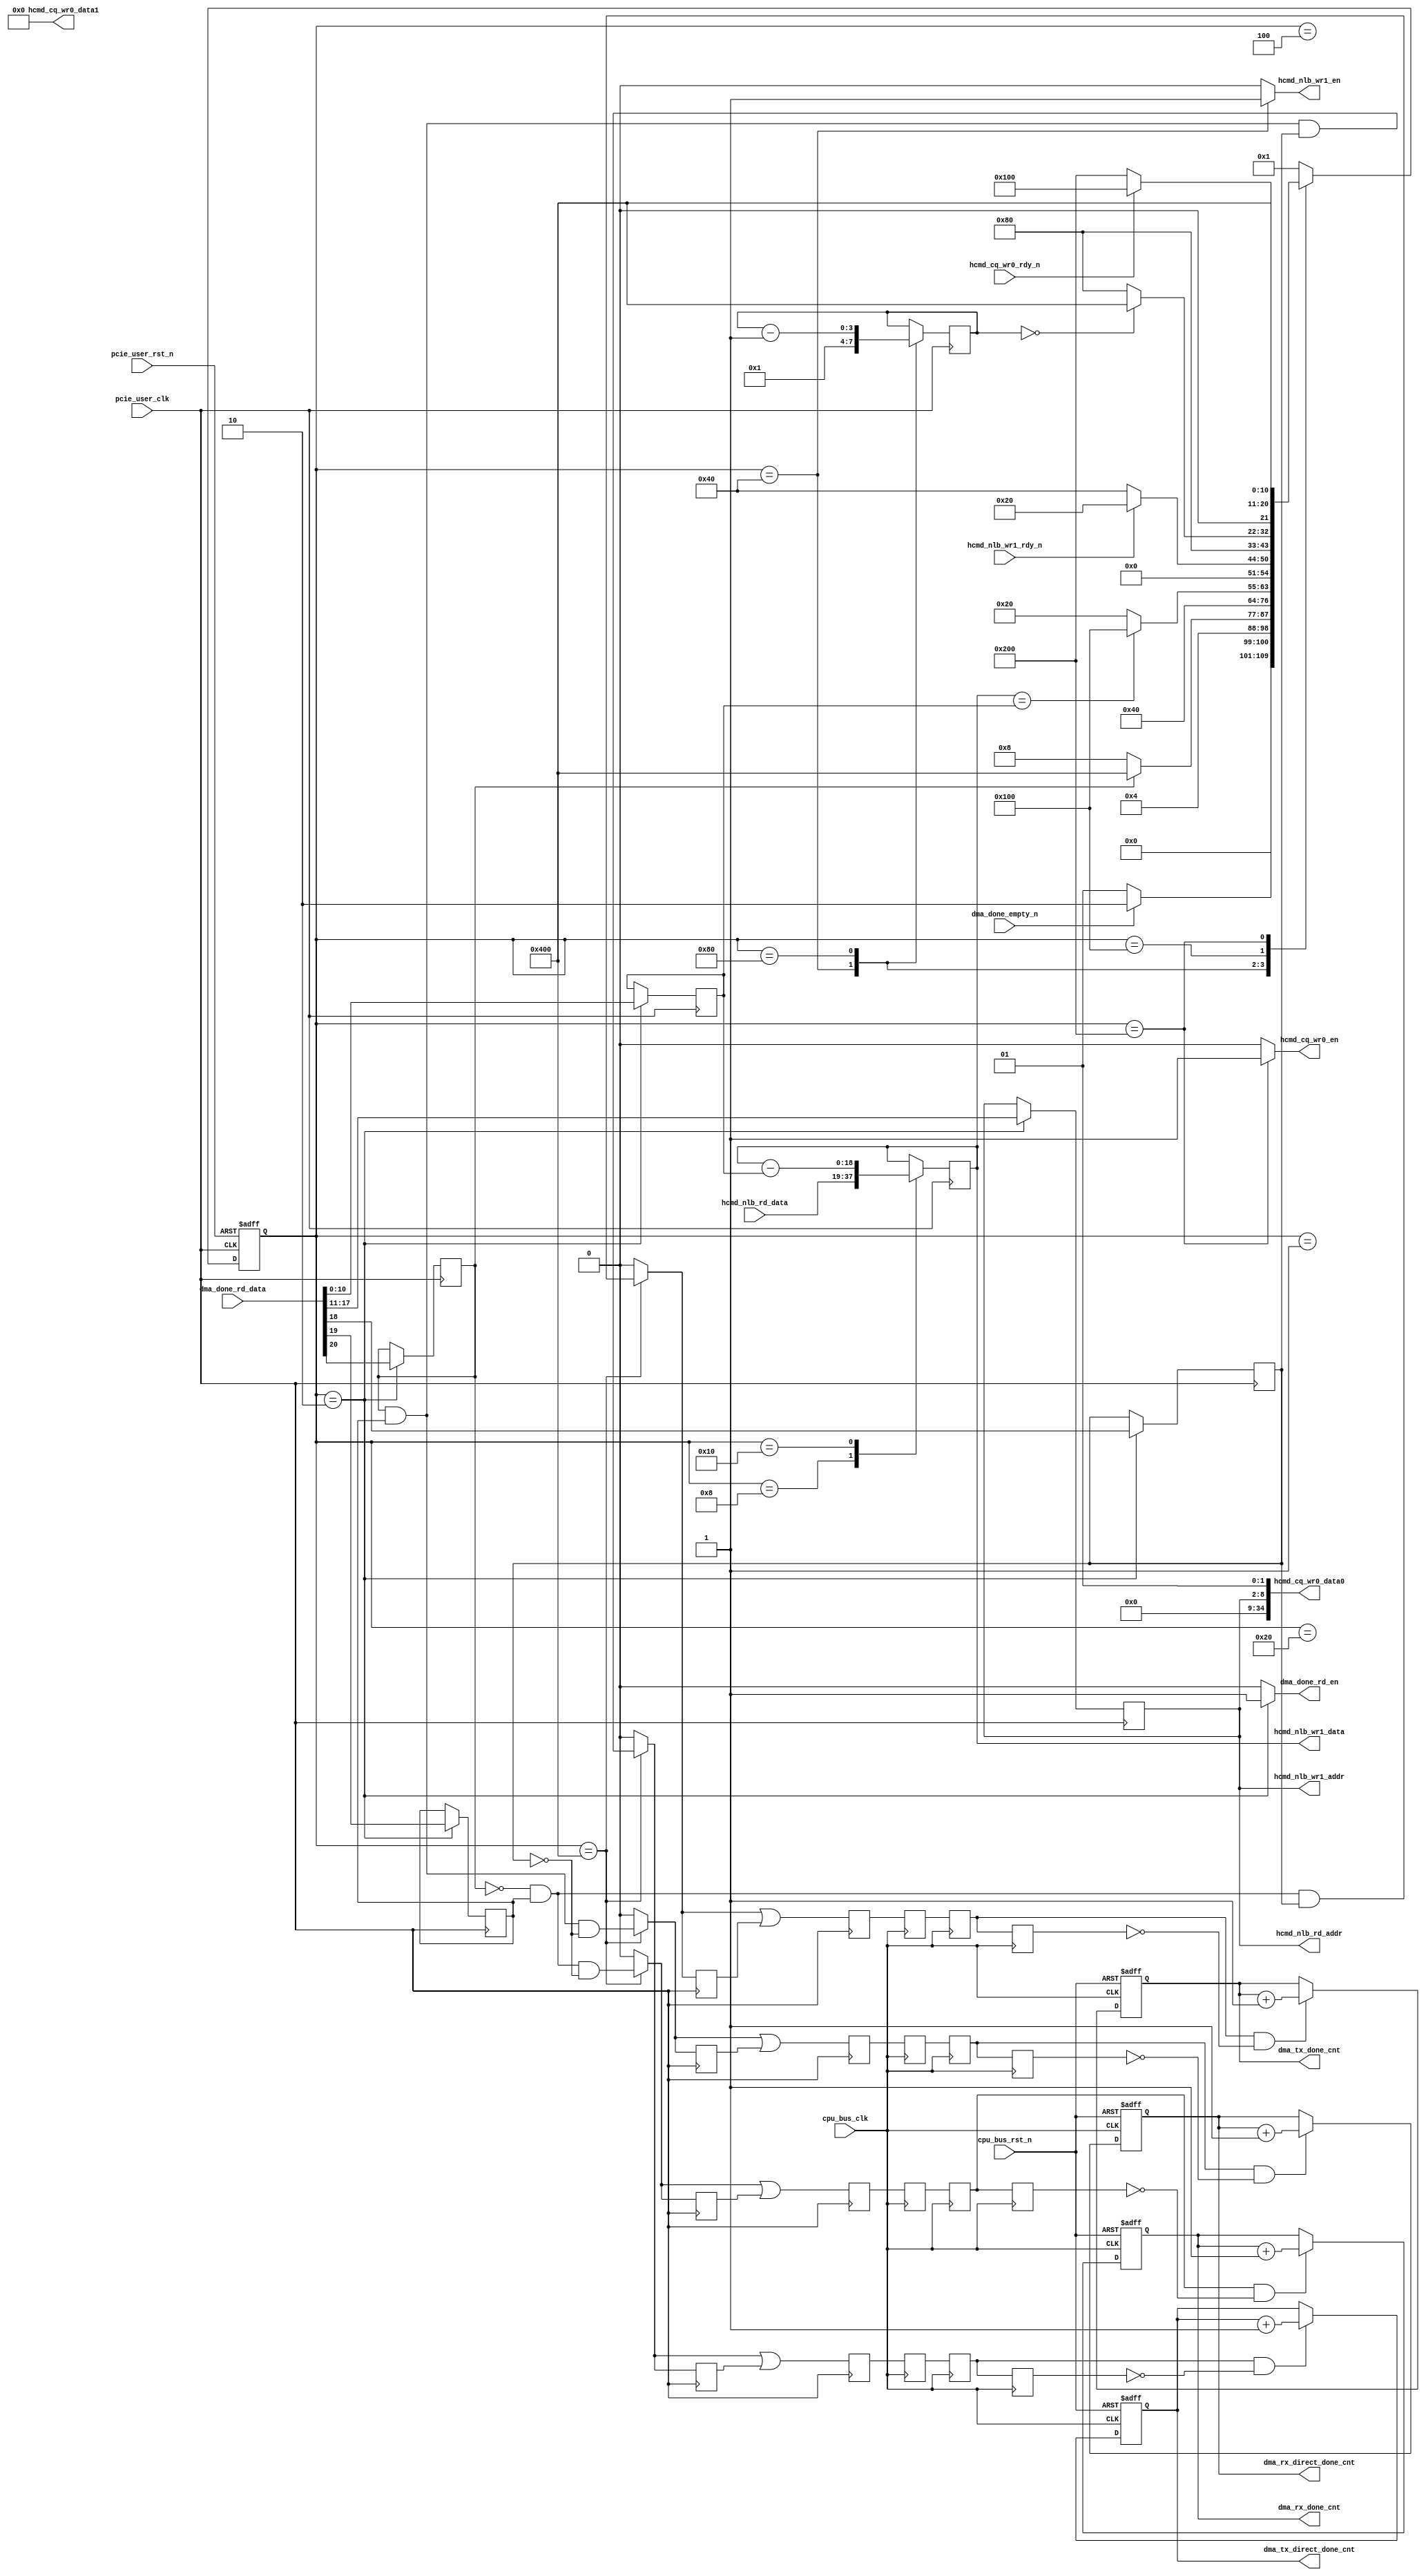

/*
----------------------------------------------------------------------------------
Copyright (c) 2013-2014

  Embedded and Network Computing Lab.
  Open SSD Project
  Hanyang University

All rights reserved.

----------------------------------------------------------------------------------

Redistribution and use in source and binary forms, with or without
modification, are permitted provided that the following conditions are
met:

  1. Redistributions of source code must retain the above copyright
     notice, this list of conditions and the following disclaimer.

  2. Redistributions in binary form must reproduce the above copyright
     notice, this list of conditions and the following disclaimer in the
     documentation and/or other materials provided with the distribution.

  3. All advertising materials mentioning features or use of this source code
     must display the following acknowledgement:
     This product includes source code developed 
     by the Embedded and Network Computing Lab. and the Open SSD Project.

THIS SOFTWARE IS PROVIDED BY THE COPYRIGHT HOLDERS AND CONTRIBUTORS "AS IS" AND
ANY EXPRESS OR IMPLIED WARRANTIES, INCLUDING, BUT NOT LIMITED TO, THE IMPLIED
WARRANTIES OF MERCHANTABILITY AND FITNESS FOR A PARTICULAR PURPOSE ARE
DISCLAIMED. IN NO EVENT SHALL THE COPYRIGHT OWNER OR CONTRIBUTORS BE LIABLE FOR
ANY DIRECT, INDIRECT, INCIDENTAL, SPECIAL, EXEMPLARY, OR CONSEQUENTIAL DAMAGES
(INCLUDING, BUT NOT LIMITED TO, PROCUREMENT OF SUBSTITUTE GOODS OR SERVICES;
LOSS OF USE, DATA, OR PROFITS; OR BUSINESS INTERRUPTION) HOWEVER CAUSED AND
ON ANY THEORY OF LIABILITY, WHETHER IN CONTRACT, STRICT LIABILITY, OR TORT
(INCLUDING NEGLIGENCE OR OTHERWISE) ARISING IN ANY WAY OUT OF THE USE OF THIS
SOFTWARE, EVEN IF ADVISED OF THE POSSIBILITY OF SUCH DAMAGE.

----------------------------------------------------------------------------------

http://enclab.hanyang.ac.kr/
http://www.openssd-project.org/
http://www.hanyang.ac.kr/

----------------------------------------------------------------------------------
*/


`timescale 1ns / 1ps

module dma_done # (
	parameter	C_PCIE_DATA_WIDTH			= 128,
	parameter	C_PCIE_ADDR_WIDTH			= 36
)
(
	input									pcie_user_clk,
	input									pcie_user_rst_n,

	output									dma_done_rd_en,
	input	[20:0]							dma_done_rd_data,
	input									dma_done_empty_n,

	output	[6:0]							hcmd_nlb_rd_addr,
	input	[18:0]							hcmd_nlb_rd_data,

	output									hcmd_nlb_wr1_en,
	output	[6:0]							hcmd_nlb_wr1_addr,
	output	[18:0]							hcmd_nlb_wr1_data,
	input									hcmd_nlb_wr1_rdy_n,

	output									hcmd_cq_wr0_en,
	output	[34:0]							hcmd_cq_wr0_data0,
	output	[34:0]							hcmd_cq_wr0_data1,
	input									hcmd_cq_wr0_rdy_n,

	input									cpu_bus_clk,
	input									cpu_bus_rst_n,

	output	[7:0]							dma_rx_direct_done_cnt,
	output	[7:0]							dma_tx_direct_done_cnt,
	output	[7:0]							dma_rx_done_cnt,
	output	[7:0]							dma_tx_done_cnt

);

localparam	LP_NLB_WR_DELAY					= 1;

localparam	S_IDLE							= 11'b00000000001;
localparam	S_DMA_INFO						= 11'b00000000010;
localparam	S_NLB_RD_WAIT					= 11'b00000000100;
localparam	S_NLB_INFO						= 11'b00000001000;
localparam	S_NLB_CALC						= 11'b00000010000;
localparam	S_NLB_WR_WAIT					= 11'b00000100000;
localparam	S_NLB_WR						= 11'b00001000000;
localparam	S_NLB_WR_DELAY					= 11'b00010000000;
localparam	S_CQ_WR_WAIT					= 11'b00100000000;
localparam	S_CQ_WR							= 11'b01000000000;
localparam	S_NLB_DONE						= 11'b10000000000;

reg		[10:0]								cur_state;
reg		[10:0]								next_state;

reg											r_dma_cmd_type;
reg											r_dma_done_check;
reg											r_dma_dir;
reg		[6:0]								r_hcmd_slot_tag;
reg		[12:2]								r_dma_len;
reg		[20:2]								r_hcmd_data_len;

reg											r_dma_done_rd_en;
reg											r_hcmd_nlb_wr1_en;
reg											r_hcmd_cq_wr0_en;

reg											r_dma_rx_direct_done_en;
reg											r_dma_tx_direct_done_en;
reg											r_dma_rx_done_en;
reg											r_dma_tx_done_en;

reg											r_dma_rx_direct_done_en_d1;
reg											r_dma_tx_direct_done_en_d1;
reg											r_dma_rx_done_en_d1;
reg											r_dma_tx_done_en_d1;

reg											r_dma_rx_direct_done_en_sync;
reg											r_dma_tx_direct_done_en_sync;
reg											r_dma_rx_done_en_sync;
reg											r_dma_tx_done_en_sync;

reg		[3:0]								r_nlb_wr_delay;

(* KEEP = "TRUE", SHIFT_EXTRACT = "NO" *)	reg											r_dma_rx_direct_done;
(* KEEP = "TRUE", SHIFT_EXTRACT = "NO" *)	reg											r_dma_tx_direct_done;
(* KEEP = "TRUE", SHIFT_EXTRACT = "NO" *)	reg											r_dma_rx_done;
(* KEEP = "TRUE", SHIFT_EXTRACT = "NO" *)	reg											r_dma_tx_done;

(* KEEP = "TRUE", SHIFT_EXTRACT = "NO" *)	reg											r_dma_rx_direct_done_d1;
(* KEEP = "TRUE", SHIFT_EXTRACT = "NO" *)	reg											r_dma_tx_direct_done_d1;
(* KEEP = "TRUE", SHIFT_EXTRACT = "NO" *)	reg											r_dma_rx_done_d1;
(* KEEP = "TRUE", SHIFT_EXTRACT = "NO" *)	reg											r_dma_tx_done_d1;

(* KEEP = "TRUE", SHIFT_EXTRACT = "NO" *)	reg											r_dma_rx_direct_done_d2;
(* KEEP = "TRUE", SHIFT_EXTRACT = "NO" *)	reg											r_dma_tx_direct_done_d2;
(* KEEP = "TRUE", SHIFT_EXTRACT = "NO" *)	reg											r_dma_rx_done_d2;
(* KEEP = "TRUE", SHIFT_EXTRACT = "NO" *)	reg											r_dma_tx_done_d2;

reg		[7:0]								r_dma_rx_direct_done_cnt;
reg		[7:0]								r_dma_tx_direct_done_cnt;
reg		[7:0]								r_dma_rx_done_cnt;
reg		[7:0]								r_dma_tx_done_cnt;

assign dma_done_rd_en = r_dma_done_rd_en;

assign hcmd_nlb_rd_addr = r_hcmd_slot_tag;

assign hcmd_nlb_wr1_en = r_hcmd_nlb_wr1_en;
assign hcmd_nlb_wr1_addr = r_hcmd_slot_tag;
assign hcmd_nlb_wr1_data = r_hcmd_data_len;

assign hcmd_cq_wr0_en = r_hcmd_cq_wr0_en;
assign hcmd_cq_wr0_data0 = {26'b0, r_hcmd_slot_tag, 1'b0, 1'b1};
assign hcmd_cq_wr0_data1 = 35'b0;

assign dma_rx_direct_done_cnt = r_dma_rx_direct_done_cnt;
assign dma_tx_direct_done_cnt = r_dma_tx_direct_done_cnt;
assign dma_rx_done_cnt = r_dma_rx_done_cnt;
assign dma_tx_done_cnt = r_dma_tx_done_cnt;

always @ (posedge cpu_bus_clk or negedge cpu_bus_rst_n)
begin
	if(cpu_bus_rst_n == 0) begin
		r_dma_rx_direct_done_cnt <= 0;
		r_dma_tx_direct_done_cnt <= 0;
		r_dma_rx_done_cnt <= 0;
		r_dma_tx_done_cnt <= 0;
	end
	else begin
		if(r_dma_rx_direct_done_d1 == 1 && r_dma_rx_direct_done_d2 == 0)
			r_dma_rx_direct_done_cnt <= r_dma_rx_direct_done_cnt + 1;
		
		if(r_dma_tx_direct_done_d1 == 1 && r_dma_tx_direct_done_d2 == 0)
			r_dma_tx_direct_done_cnt <= r_dma_tx_direct_done_cnt + 1;

		if(r_dma_rx_done_d1 == 1 && r_dma_rx_done_d2 == 0)
			r_dma_rx_done_cnt <= r_dma_rx_done_cnt + 1;

		if(r_dma_tx_done_d1 == 1 && r_dma_tx_done_d2 == 0)
			r_dma_tx_done_cnt <= r_dma_tx_done_cnt + 1;
	end
end

always @ (posedge cpu_bus_clk)
begin
	r_dma_rx_direct_done <= r_dma_rx_direct_done_en_sync;
	r_dma_tx_direct_done <= r_dma_tx_direct_done_en_sync;
	r_dma_rx_done <= r_dma_rx_done_en_sync;
	r_dma_tx_done <= r_dma_tx_done_en_sync;

	r_dma_rx_direct_done_d1 <= r_dma_rx_direct_done;
	r_dma_tx_direct_done_d1 <= r_dma_tx_direct_done;
	r_dma_rx_done_d1 <= r_dma_rx_done;
	r_dma_tx_done_d1 <= r_dma_tx_done;

	r_dma_rx_direct_done_d2 <= r_dma_rx_direct_done_d1;
	r_dma_tx_direct_done_d2 <= r_dma_tx_direct_done_d1;
	r_dma_rx_done_d2 <= r_dma_rx_done_d1;
	r_dma_tx_done_d2 <= r_dma_tx_done_d1;
end

always @ (posedge pcie_user_clk)
begin
	r_dma_rx_direct_done_en_d1 <= r_dma_rx_direct_done_en;
	r_dma_tx_direct_done_en_d1 <= r_dma_tx_direct_done_en;
	r_dma_rx_done_en_d1 <= r_dma_rx_done_en;
	r_dma_tx_done_en_d1 <= r_dma_tx_done_en;

	r_dma_rx_direct_done_en_sync <= r_dma_rx_direct_done_en | r_dma_rx_direct_done_en_d1;
	r_dma_tx_direct_done_en_sync <= r_dma_tx_direct_done_en | r_dma_tx_direct_done_en_d1;
	r_dma_rx_done_en_sync <= r_dma_rx_done_en | r_dma_rx_done_en_d1;
	r_dma_tx_done_en_sync <= r_dma_tx_done_en | r_dma_tx_done_en_d1;
end

always @ (posedge pcie_user_clk or negedge pcie_user_rst_n)
begin
	if(pcie_user_rst_n == 0)
		cur_state <= S_IDLE;
	else
		cur_state <= next_state;
end

always @ (*)
begin
	case(cur_state)
		S_IDLE: begin
			if(dma_done_empty_n == 1'b1)
				next_state <= S_DMA_INFO;
			else
				next_state <= S_IDLE;
		end
		S_DMA_INFO: begin
			next_state <= S_NLB_RD_WAIT;
		end
		S_NLB_RD_WAIT: begin
			if(r_dma_cmd_type == 1)
				next_state <= S_NLB_DONE;
			else
				next_state <= S_NLB_INFO;
		end
		S_NLB_INFO: begin
			next_state <= S_NLB_CALC;
		end
		S_NLB_CALC: begin
			if(r_hcmd_data_len == r_dma_len)
				next_state <= S_CQ_WR_WAIT;
			else
				next_state <= S_NLB_WR_WAIT;
		end
		S_NLB_WR_WAIT: begin
			if(hcmd_nlb_wr1_rdy_n == 1)
				next_state <= S_NLB_WR_WAIT;
			else
				next_state <= S_NLB_WR;
		end
		S_NLB_WR: begin
			next_state <= S_NLB_WR_DELAY;
		end
		S_NLB_WR_DELAY: begin
			if(r_nlb_wr_delay == 0)
				next_state <= S_NLB_DONE;
			else
				next_state <= S_NLB_WR_DELAY;
		end
		S_CQ_WR_WAIT: begin
			if(hcmd_cq_wr0_rdy_n == 1)
				next_state <= S_CQ_WR_WAIT;
			else
				next_state <= S_CQ_WR;
		end
		S_CQ_WR: begin
			next_state <= S_NLB_DONE;
		end
		S_NLB_DONE: begin
			next_state <= S_IDLE;
		end
		default: begin
			next_state <= S_IDLE;
		end
	endcase
end

always @ (posedge pcie_user_clk)
begin
	case(cur_state)
		S_IDLE: begin

		end
		S_DMA_INFO: begin
			r_dma_cmd_type <= dma_done_rd_data[20];
			r_dma_done_check <= dma_done_rd_data[19];
			r_dma_dir <= dma_done_rd_data[18];
			r_hcmd_slot_tag <= dma_done_rd_data[17:11];
			r_dma_len <= dma_done_rd_data[10:0];
		end
		S_NLB_RD_WAIT: begin

		end
		S_NLB_INFO: begin
			r_hcmd_data_len <= hcmd_nlb_rd_data;
		end
		S_NLB_CALC: begin
			r_hcmd_data_len <= r_hcmd_data_len - r_dma_len;
		end
		S_NLB_WR_WAIT: begin

		end
		S_NLB_WR: begin
			r_nlb_wr_delay <= LP_NLB_WR_DELAY;
		end
		S_NLB_WR_DELAY: begin
			r_nlb_wr_delay <= r_nlb_wr_delay - 1;
		end
		S_CQ_WR_WAIT: begin

		end
		S_CQ_WR: begin

		end
		S_NLB_DONE: begin

		end
		default: begin

		end
	endcase
end

always @ (*)
begin
	case(cur_state)
		S_IDLE: begin
			r_dma_done_rd_en <= 0;
			r_hcmd_nlb_wr1_en <= 0;
			r_hcmd_cq_wr0_en <= 0;
			r_dma_rx_direct_done_en <= 0;
			r_dma_tx_direct_done_en <= 0;
			r_dma_rx_done_en <= 0;
			r_dma_tx_done_en <= 0;
		end
		S_DMA_INFO: begin
			r_dma_done_rd_en <= 1;
			r_hcmd_nlb_wr1_en <= 0;
			r_hcmd_cq_wr0_en <= 0;
			r_dma_rx_direct_done_en <= 0;
			r_dma_tx_direct_done_en <= 0;
			r_dma_rx_done_en <= 0;
			r_dma_tx_done_en <= 0;
		end
		S_NLB_RD_WAIT: begin
			r_dma_done_rd_en <= 0;
			r_hcmd_nlb_wr1_en <= 0;
			r_hcmd_cq_wr0_en <= 0;
			r_dma_rx_direct_done_en <= 0;
			r_dma_tx_direct_done_en <= 0;
			r_dma_rx_done_en <= 0;
			r_dma_tx_done_en <= 0;
		end
		S_NLB_INFO: begin
			r_dma_done_rd_en <= 0;
			r_hcmd_nlb_wr1_en <= 0;
			r_hcmd_cq_wr0_en <= 0;
			r_dma_rx_direct_done_en <= 0;
			r_dma_tx_direct_done_en <= 0;
			r_dma_rx_done_en <= 0;
			r_dma_tx_done_en <= 0;
		end
		S_NLB_CALC: begin
			r_dma_done_rd_en <= 0;
			r_hcmd_nlb_wr1_en <= 0;
			r_hcmd_cq_wr0_en <= 0;
			r_dma_rx_direct_done_en <= 0;
			r_dma_tx_direct_done_en <= 0;
			r_dma_rx_done_en <= 0;
			r_dma_tx_done_en <= 0;
		end
		S_NLB_WR_WAIT: begin
			r_dma_done_rd_en <= 0;
			r_hcmd_nlb_wr1_en <= 0;
			r_hcmd_cq_wr0_en <= 0;
			r_dma_rx_direct_done_en <= 0;
			r_dma_tx_direct_done_en <= 0;
			r_dma_rx_done_en <= 0;
			r_dma_tx_done_en <= 0;
		end
		S_NLB_WR: begin
			r_dma_done_rd_en <= 0;
			r_hcmd_nlb_wr1_en <= 1;
			r_hcmd_cq_wr0_en <= 0;
			r_dma_rx_direct_done_en <= 0;
			r_dma_tx_direct_done_en <= 0;
			r_dma_rx_done_en <= 0;
			r_dma_tx_done_en <= 0;
		end
		S_NLB_WR_DELAY: begin
			r_dma_done_rd_en <= 0;
			r_hcmd_nlb_wr1_en <= 0;
			r_hcmd_cq_wr0_en <= 0;
			r_dma_rx_direct_done_en <= 0;
			r_dma_tx_direct_done_en <= 0;
			r_dma_rx_done_en <= 0;
			r_dma_tx_done_en <= 0;
		end
		S_CQ_WR_WAIT: begin
			r_dma_done_rd_en <= 0;
			r_hcmd_nlb_wr1_en <= 0;
			r_hcmd_cq_wr0_en <= 0;
			r_dma_rx_direct_done_en <= 0;
			r_dma_tx_direct_done_en <= 0;
			r_dma_rx_done_en <= 0;
			r_dma_tx_done_en <= 0;
		end
		S_CQ_WR: begin
			r_dma_done_rd_en <= 0;
			r_hcmd_nlb_wr1_en <= 0;
			r_hcmd_cq_wr0_en <= 1;
			r_dma_rx_direct_done_en <= 0;
			r_dma_tx_direct_done_en <= 0;
			r_dma_rx_done_en <= 0;
			r_dma_tx_done_en <= 0;
		end
		S_NLB_DONE: begin
			r_dma_done_rd_en <= 0;
			r_hcmd_nlb_wr1_en <= 0;
			r_hcmd_cq_wr0_en <= 0;
			r_dma_rx_direct_done_en <= r_dma_cmd_type & r_dma_done_check & ~r_dma_dir;
			r_dma_tx_direct_done_en <= r_dma_cmd_type & r_dma_done_check & r_dma_dir;
			r_dma_rx_done_en <= ~r_dma_cmd_type & r_dma_done_check & ~r_dma_dir;
			r_dma_tx_done_en <= ~r_dma_cmd_type & r_dma_done_check & r_dma_dir;
		end
		default: begin
			r_dma_done_rd_en <= 0;
			r_hcmd_nlb_wr1_en <= 0;
			r_hcmd_cq_wr0_en <= 0;
			r_dma_rx_direct_done_en <= 0;
			r_dma_tx_direct_done_en <= 0;
			r_dma_rx_done_en <= 0;
			r_dma_tx_done_en <= 0;
		end
	endcase
end

endmodule